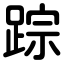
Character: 踪